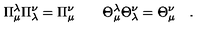
\Pi _ { \mu } ^ { \lambda } \Pi _ { \lambda } ^ { \nu } = \Pi { } _ { \mu } ^ { \nu } \qquad \Theta _ { \mu } ^ { \lambda } \Theta _ { \lambda } ^ { \nu } = \Theta { } _ { \mu } ^ { \nu } \quad .